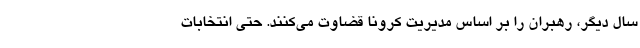
سال دیگر، رهبران را بر اساس مدیریت کرونا قضاوت می‌کنند. حتی انتخابات